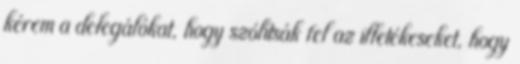
kérem a delegálókat, hogy szólítsák fel az illetékeseket, hogy